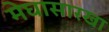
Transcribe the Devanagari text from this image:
मेघासारखा